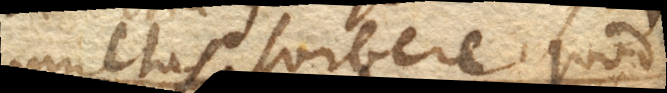
multas sorbere, quod